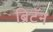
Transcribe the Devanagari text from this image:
ब्रिटॅन